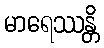
မာရေဿန္တိ